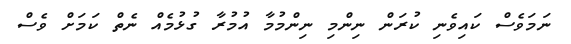
ނަމަވެސް ކައިވެނި ކުރަން ނިންމި ނިންމުމާ އުމުރާ ގުޅުމެއް ނެތް ކަމަށް ވެސް